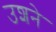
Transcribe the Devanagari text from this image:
उशने